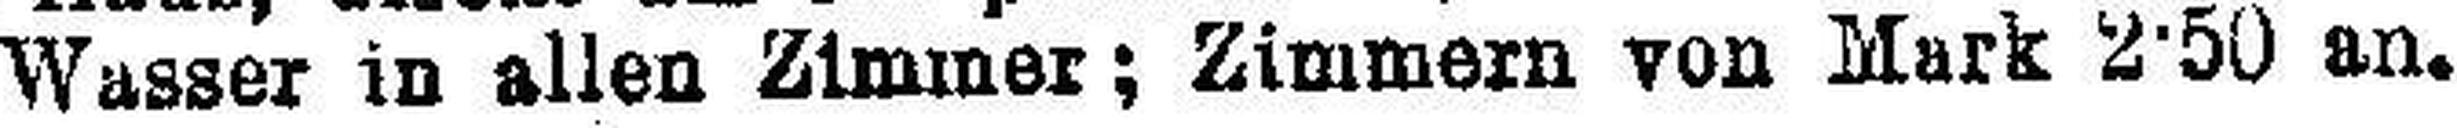
Wasser in allen Zimmer; Zimmern von Mark 2.50 an.